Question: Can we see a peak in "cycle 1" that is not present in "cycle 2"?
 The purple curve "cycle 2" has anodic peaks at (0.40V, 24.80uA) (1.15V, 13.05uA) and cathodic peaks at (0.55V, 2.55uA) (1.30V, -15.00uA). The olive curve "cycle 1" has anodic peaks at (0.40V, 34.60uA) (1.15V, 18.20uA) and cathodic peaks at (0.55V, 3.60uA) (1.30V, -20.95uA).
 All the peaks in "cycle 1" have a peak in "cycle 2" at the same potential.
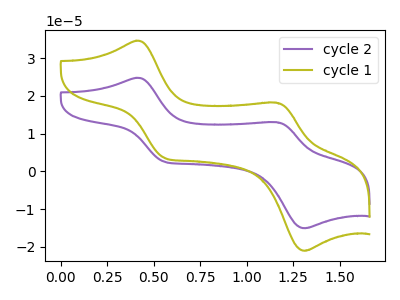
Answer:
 <answer>No, "cycle 1" and "cycle 2" don't appear to be significantly different in shape</answer>
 <eval>no_change</eval>